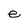
Character: e